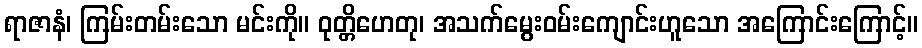
ရာဇာနံ၊ ကြမ်းတမ်းသော မင်းကို။ ဝုတ္တိဟေတု၊ အသက်မွေးဝမ်းကျောင်းဟူသော အကြောင်းကြောင့်။